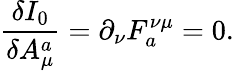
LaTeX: \frac{\delta I_{0}}{\delta A_{\mu}^{a}}=\partial_{\nu}F_{a}^{\nu\mu}=0.